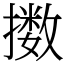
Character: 擞